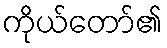
ကိုယ်တော်၏